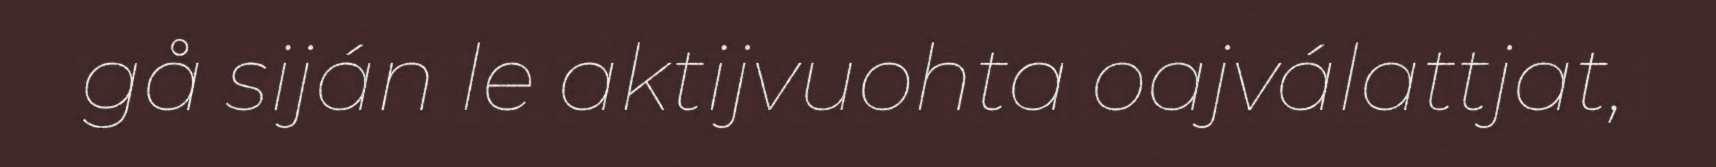
gå siján le aktijvuohta oajválattjat,